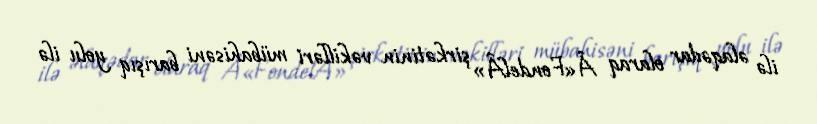
ilə əlaqədar olaraq Â«FondelÂ» şirkətinin vəkilləri mübahisəni barışıq yolu ilə